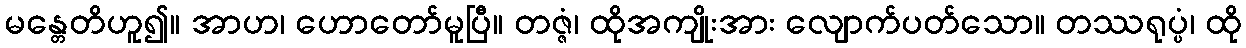
မန္တေတိဟူ၍။ အာဟ၊ ဟောတော်မူပြီ။ တဇ္ဇံ၊ ထိုအကျိုးအား လျောက်ပတ်သော။ တဿရုပ္ပံ၊ ထို